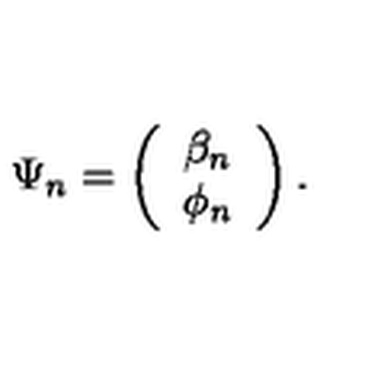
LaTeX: \Psi _ { n } = \left( \begin{array} { c } { \beta _ { n } } \\ { \phi _ { n } } \\ \end{array} \right) . \nonumber